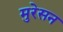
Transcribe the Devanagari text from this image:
मुरेसन